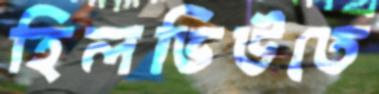
হিলভিউতে